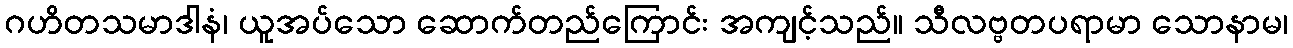
ဂဟိတသမာဒါနံ၊ ယူအပ်သော ဆောက်တည်ကြောင်း အကျင့်သည်။ သီလဗ္ဗတပရာမာ သောနာမ၊